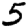
Digit: 5